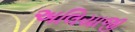
અલિયાજી